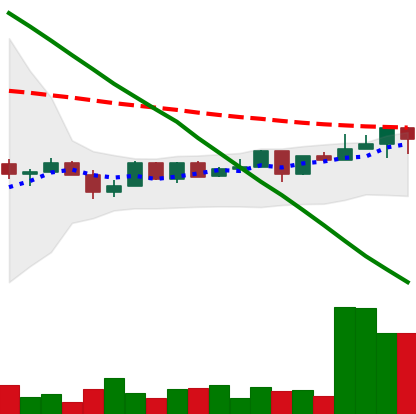
Ticker: NEO-USD
Chart end date: 2022-12-13
Forward return: -7.744%
Label: down_7plus